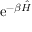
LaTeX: \mathrm { e } ^ { - \beta { \hat { H } } }